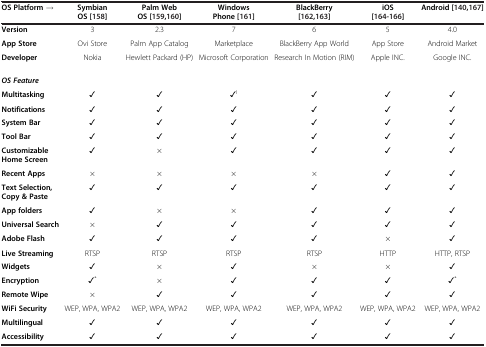
<table><thead><tr><td><b>OS Platform →</b></td><td><b>Symbian OS[158]</b></td><td><b>Palm Web OS[159,160]</b></td><td><b>Windows Phone[161]</b></td><td><b>BlackBerry[162,163]</b></td><td><b>iOS[164-166]</b></td><td><b>Android[140,167]</b></td></tr></thead><tbody><tr><td><b>Version</b></td><td>3</td><td>2.3</td><td>7</td><td>6</td><td>5</td><td>4.0</td></tr><tr><td><b>App Store</b></td><td>Ovi Store</td><td>Palm App Catalog</td><td>Marketplace</td><td>BlackBerry App World</td><td>App Store</td><td>Android Market</td></tr><tr><td><b>Developer</b></td><td>Nokia</td><td>Hewlett Packard (HP)</td><td>Microsoft Corporation</td><td>Research In Motion (RIM)</td><td>Apple INC.</td><td>Google INC.</td></tr><tr><td><b><i>OS Feature</i></b></td><td colspan="6">[EMPTY_CELL]</td></tr><tr><td><b>Multitasking</b></td><td>✓</td><td>✓</td><td>✓<sup>l</sup></td><td>✓</td><td>✓</td><td>✓</td></tr><tr><td><b>Notifications</b></td><td>✓</td><td>✓</td><td>✓</td><td>✓</td><td>✓</td><td>✓</td></tr><tr><td><b>System Bar</b></td><td>✓</td><td>✓</td><td>✓</td><td>✓</td><td>✓</td><td>✓</td></tr><tr><td><b>Tool Bar</b></td><td>✓</td><td>✓</td><td>✓</td><td>✓</td><td>✓</td><td>✓</td></tr><tr><td><b>Customizable Home Screen</b></td><td>✓</td><td>×</td><td>✓</td><td>✓</td><td>✓</td><td>✓</td></tr><tr><td><b>Recent Apps</b></td><td>×</td><td>×</td><td>×</td><td>×</td><td>✓</td><td>✓</td></tr><tr><td><b>Text Selection, Copy &amp; Paste</b></td><td>✓</td><td>✓</td><td>✓</td><td>✓</td><td>✓</td><td>✓</td></tr><tr><td><b>App folders</b></td><td>✓</td><td>×</td><td>×</td><td>✓</td><td>✓</td><td>✓</td></tr><tr><td><b>Universal Search</b></td><td>×</td><td>✓</td><td>✓</td><td>✓</td><td>✓</td><td>✓</td></tr><tr><td><b>Adobe Flash</b></td><td>✓</td><td>✓</td><td>✓</td><td>✓</td><td>×</td><td>✓</td></tr><tr><td><b>Live Streaming</b></td><td>RTSP</td><td>RTSP</td><td>RTSP</td><td>RTSP</td><td>HTTP</td><td>HTTP, RTSP</td></tr><tr><td><b>Widgets</b></td><td>✓</td><td>×</td><td>✓</td><td>×</td><td>×</td><td>✓</td></tr><tr><td><b>Encryption</b></td><td>✓<sup>*</sup></td><td>×</td><td>✓</td><td>✓</td><td>✓</td><td>✓<sup>*</sup></td></tr><tr><td><b>Remote Wipe</b></td><td>×</td><td>✓</td><td>✓</td><td>✓</td><td>✓</td><td>✓</td></tr><tr><td><b>WiFi Security</b></td><td>WEP, WPA, WPA2</td><td>WEP, WPA, WPA2</td><td>WEP, WPA, WPA2</td><td>WEP, WPA, WPA2</td><td>WEP, WPA, WPA2</td><td>WEP, WPA, WPA2</td></tr><tr><td><b>Multilingual</b></td><td>✓</td><td>✓</td><td>✓</td><td>✓</td><td>✓</td><td>✓</td></tr><tr><td><b>Accessibility</b></td><td>✓</td><td>✓</td><td>✓</td><td>✓</td><td>✓</td><td>✓</td></tr></tbody></table>